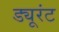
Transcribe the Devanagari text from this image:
ड्यूरंट